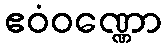
ဧဝံဝဏ္ဏော